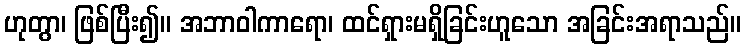
ဟုတွာ၊ ဖြစ်ပြီး၍။ အဘာဝါကာရော၊ ထင်ရှားမရှိခြင်းဟူသော အခြင်းအရာသည်။